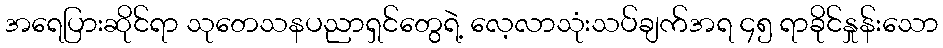
အရေပြားဆိုင်ရာ သုတေသနပညာရှင်တွေရဲ့ လေ့လာသုံးသပ်ချက်အရ ၄၅ ရာခိုင်နှုန်းသော